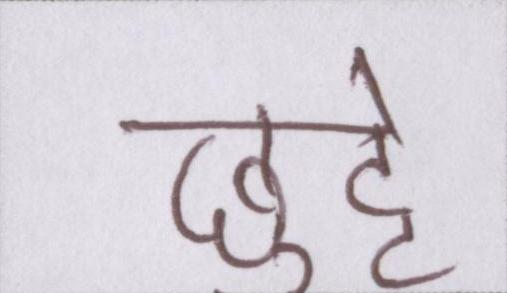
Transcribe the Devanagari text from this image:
छुट्टे